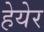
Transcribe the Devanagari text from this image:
हेयेर